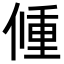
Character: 𨤨